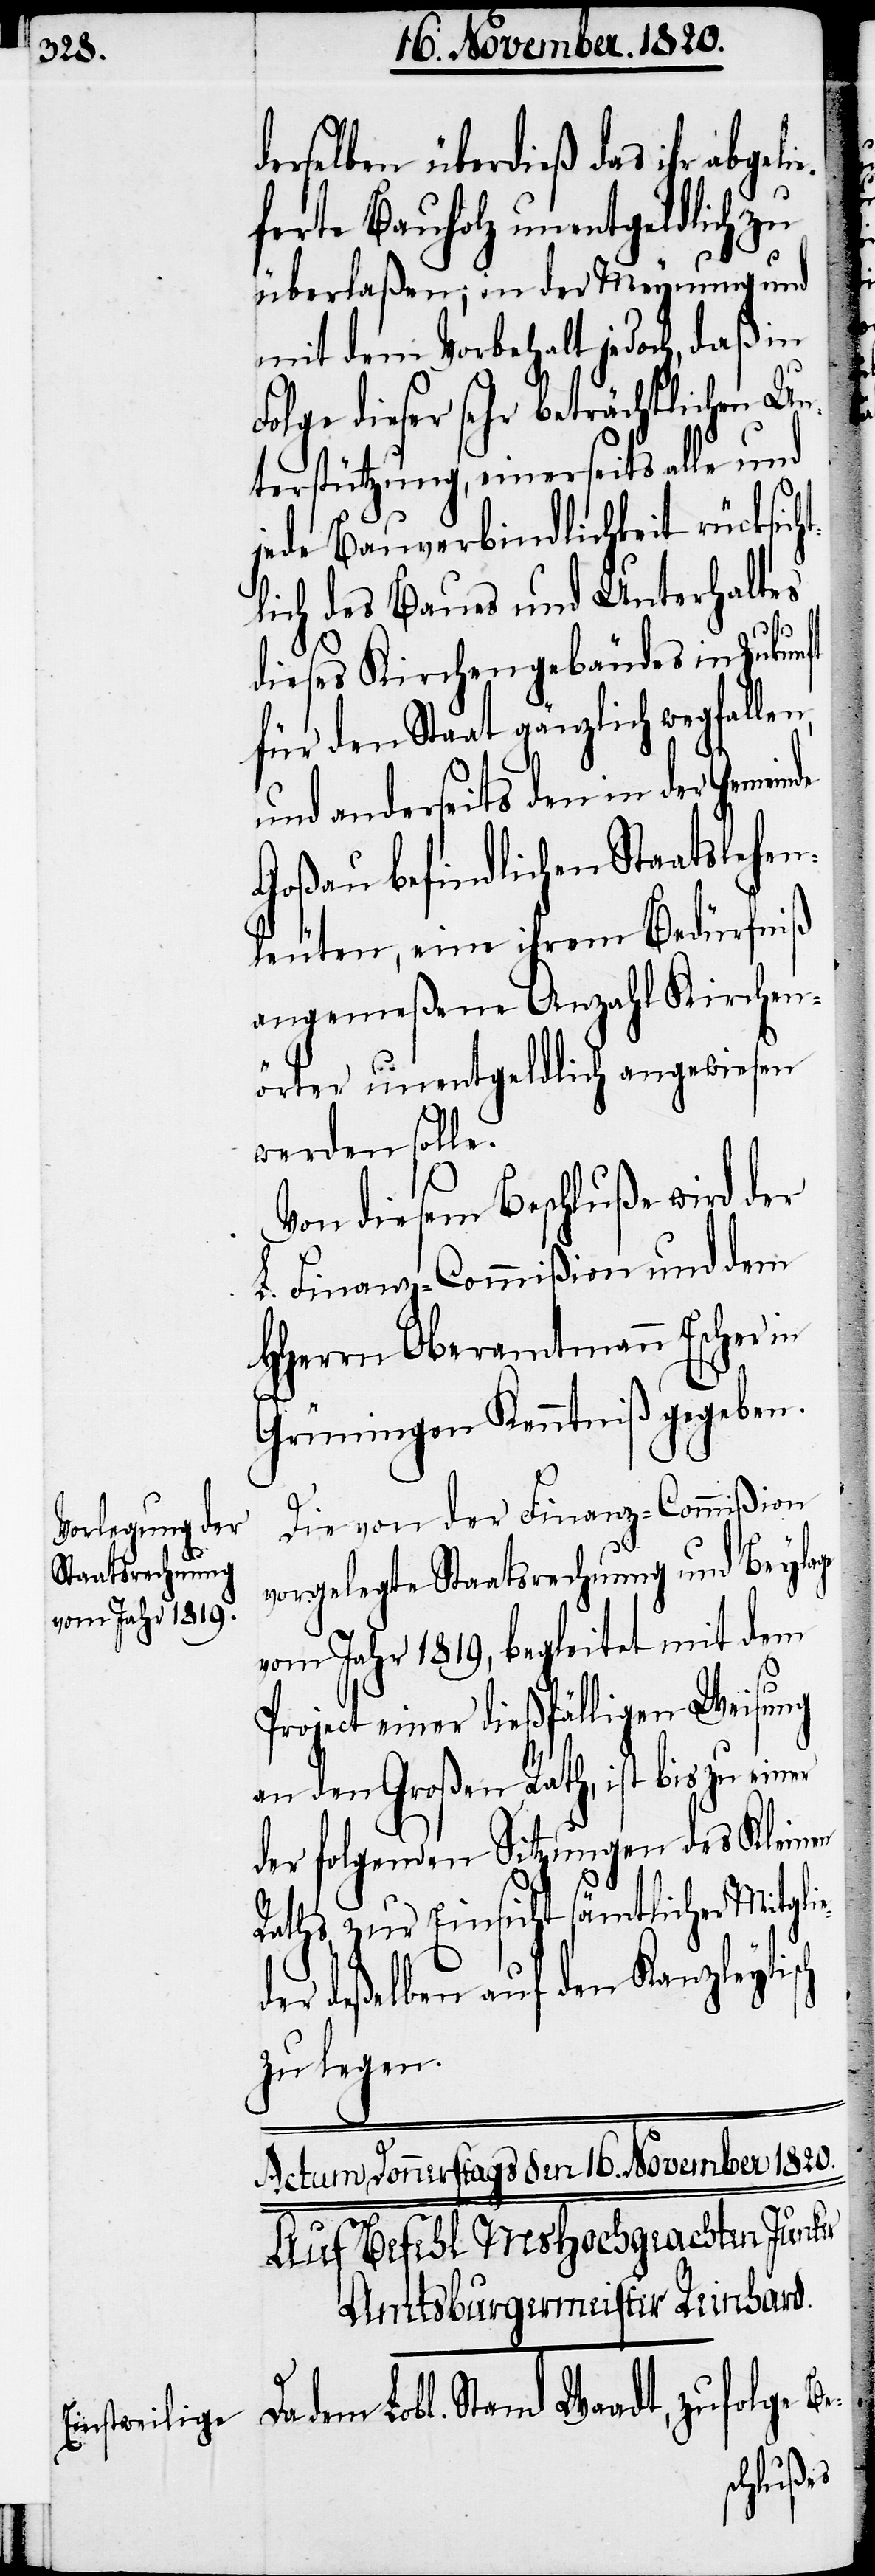
derselben überdieß das ihr abgeli¬
eferte Bauholz unentgeldlich zu
überlaßen; in der Meynung und
mit dem Vorbehalt jedoch, daß in
Folge dieser sehr beträchtlichen Un¬
terstützung, einerseits alle und
jede Bauverbindlichkeit rücksich¬
tlich des Baues und Unterhaltes
dieses Kirchengebäudes in Zukun¬
für den Staat gänzlich wegfallen,
und anderseits den in der Gemein¬
Goßau befindlichen Staatslehe¬
nleuten, eine ihrem Bedürfniß
angemeßene Anzahl Kirchen¬
örter unentgeldlich angewiesen
werden solle.
Von diesem Beschluße wird der
L. Finanz-Commißion und dem
HHerrn Oberamtmann Escher in
Grüningen Kenntniß gegeben.
Die von der Finanz-Commißion
vorgelegte Staatsrechnung und Beylage
vom Jahr 1819, begleitet mit dem
Project einer dießfälligen Weisung
an den Großen Rath, ist bis zu einer
der folgenden Sitzungen des Kleinen
Raths zur Einsicht sämtlichen Mitgli¬
der deßelben auf den Kanzleyti¬
zu legen.
Actum Donnerstags den 16. November 1820.
sch
Auf Befehl MsHochgeachten Junker
Amtsburgermeister Reinhard.